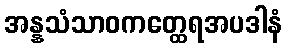
အန္နသံသာဝကတ္ထေရအပဒါနံ